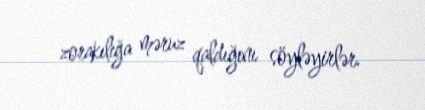
zorakılığa məruz qaldığını söyləyirlər.